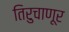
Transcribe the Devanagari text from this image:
तिरुचाणूर